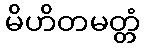
မိဟိတမတ္တံ